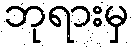
ဘုရားမှ